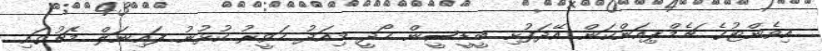
އިވެންޓުގެ ޗެމްޕިއަންކަން އޭދަފުށި ބީޑީސީން ހޯދީ މިއަދު ހަވީރު ކުޅުނު ފައިނަލް މެޗުގައި